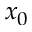
x _ { 0 }